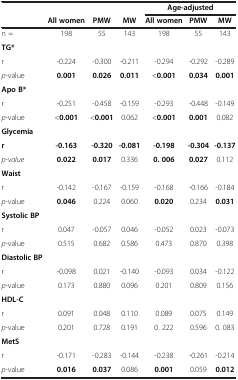
<table><thead><tr><td><b> </b></td><td><b> </b></td><td><b> </b></td><td><b> </b></td><td colspan="3"><b>Age-adjusted</b></td></tr><tr><td><b> </b></td><td><b>All women</b></td><td><b>PMW</b></td><td><b>MW</b></td><td><b>All women</b></td><td><b>PMW</b></td><td><b>MW</b></td></tr></thead><tbody><tr><td>n =</td><td>198</td><td>55</td><td>143</td><td>198</td><td>55</td><td>143</td></tr><tr><td><b>TG*</b></td><td> </td><td> </td><td> </td><td> </td><td> </td><td> </td></tr><tr><td>r</td><td>-0.224</td><td>-0.300</td><td>-0.211</td><td>-0.294</td><td>-0.292</td><td>-0.289</td></tr><tr><td><i>p</i>-value</td><td><b>0.001</b></td><td><b>0.026</b></td><td><b>0.011</b></td><td>&lt;<b>0.001</b></td><td><b>0.034</b></td><td><b>0.001</b></td></tr><tr><td><b>Apo B*</b></td><td> </td><td> </td><td> </td><td> </td><td> </td><td> </td></tr><tr><td>r</td><td>-0.251</td><td>-0.458</td><td>-0.159</td><td>-0.293</td><td>-0.448</td><td>-0.149</td></tr><tr><td><i>p</i>-value</td><td>&lt;<b>0.001</b></td><td>&lt;<b>0.001</b></td><td>0.062</td><td>&lt;<b>0.001</b></td><td><b>0.001</b></td><td>0.082</td></tr><tr><td><b>Glycemia</b></td><td> </td><td> </td><td> </td><td> </td><td> </td><td> </td></tr><tr><td><b>r</b></td><td><b>-0.163</b></td><td><b>-0.320</b></td><td><b>-0.081</b></td><td><b>-0.198</b></td><td><b>-0.304</b></td><td><b>-0.137</b></td></tr><tr><td><i>p-value</i></td><td><b>0.022</b></td><td><b>0.017</b></td><td>0.336</td><td><b>0. 006</b></td><td><b>0.027</b></td><td>0.112</td></tr><tr><td><b>Waist</b></td><td> </td><td> </td><td> </td><td> </td><td> </td><td> </td></tr><tr><td>r</td><td>-0.142</td><td>-0.167</td><td>-0.159</td><td>-0.168</td><td>-0.166</td><td>-0.184</td></tr><tr><td><i>p</i>-value</td><td><b>0.046</b></td><td>0.224</td><td>0.060</td><td><b>0.020</b></td><td>0.234</td><td><b>0.031</b></td></tr><tr><td><b>Systolic BP</b></td><td> </td><td> </td><td> </td><td> </td><td> </td><td> </td></tr><tr><td>r</td><td>0.047</td><td>-0.057</td><td>0.046</td><td>-0.052</td><td>0.023</td><td>-0.073</td></tr><tr><td><i>p</i>-value</td><td>0.515</td><td>0.682</td><td>0.586</td><td>0.473</td><td>0.870</td><td>0.398</td></tr><tr><td><b>Diastolic BP</b></td><td> </td><td> </td><td> </td><td> </td><td> </td><td> </td></tr><tr><td>r</td><td>-0.098</td><td>0.021</td><td>-0.140</td><td>-0.093</td><td>0.034</td><td>-0.122</td></tr><tr><td><i>p</i>-value</td><td>0.173</td><td>0.880</td><td>0.096</td><td>0.201</td><td>0.809</td><td>0.156</td></tr><tr><td><b>HDL-C</b></td><td> </td><td> </td><td> </td><td> </td><td> </td><td> </td></tr><tr><td>r</td><td>0.091</td><td>0.048</td><td>0.110</td><td>0.089</td><td>0.075</td><td>0.149</td></tr><tr><td><i>p</i>-value</td><td>0.201</td><td>0.728</td><td>0.191</td><td>0. 222</td><td>0.596</td><td>0. 083</td></tr><tr><td><b>MetS</b></td><td> </td><td> </td><td> </td><td> </td><td> </td><td> </td></tr><tr><td>r</td><td>-0.171</td><td>-0.283</td><td>-0.144</td><td>-0.238</td><td>-0.261</td><td>-0.214</td></tr><tr><td><i>p-</i>value</td><td><b>0.016</b></td><td><b>0.037</b></td><td>0.086</td><td><b>0.001</b></td><td>0.059</td><td><b>0.012</b></td></tr></tbody></table>